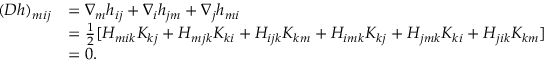
\begin{array} { r l } { ( D h ) _ { m i j } } & { = \nabla _ { m } h _ { i j } + \nabla _ { i } h _ { j m } + \nabla _ { j } h _ { m i } } \\ & { = \frac { 1 } { 2 } [ H _ { m i k } K _ { k j } + H _ { m j k } K _ { k i } + H _ { i j k } K _ { k m } + H _ { i m k } K _ { k j } + H _ { j m k } K _ { k i } + H _ { j i k } K _ { k m } ] } \\ & { = 0 . } \end{array}